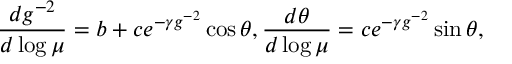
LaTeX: \frac { d g ^ { - 2 } } { d \log \mu } = b + c e ^ { - \gamma g ^ { - 2 } } \cos \theta , \frac { d \theta } { d \log \mu } = c e ^ { - \gamma g ^ { - 2 } } \sin \theta ,